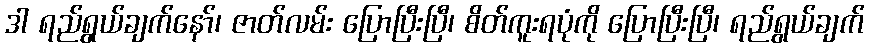
ဒါ ရည်ရွယ်ချက်နော်၊ ဇာတ်လမ်း ပြောပြီးပြီ၊ စိတ်ကူးရပုံကို ပြောပြီးပြီ၊ ရည်ရွယ်ချက်